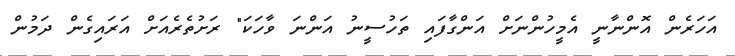
އަހަރެން އޮންނާނީ އެމީހުންނަށް އަންގާފައި ތަހުސީނު އަންނަ ވާހަކަ" ރަށުތެރެއަށް އަރައިގެން ދަމުން